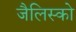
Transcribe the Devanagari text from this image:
जैलिस्को